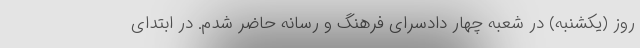
روز (یکشنبه) در شعبه چهار دادسرای فرهنگ و رسانه حاضر شدم. در ابتدای